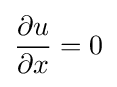
{\frac {\partial u}{\partial x}}=0